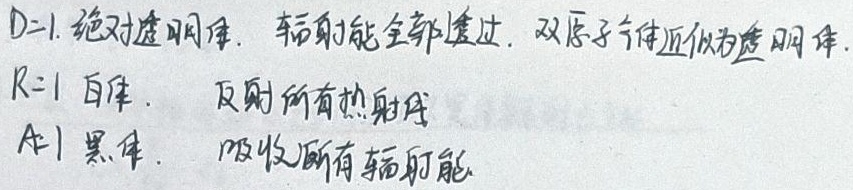
\(D = 1\)：绝对透明体，辐射能全部透过，双原子气体近似为透明体。
\(R = 1\)：白体，反射所有热射线。
\(A = 1\)：黑体，吸收所有辐射能。